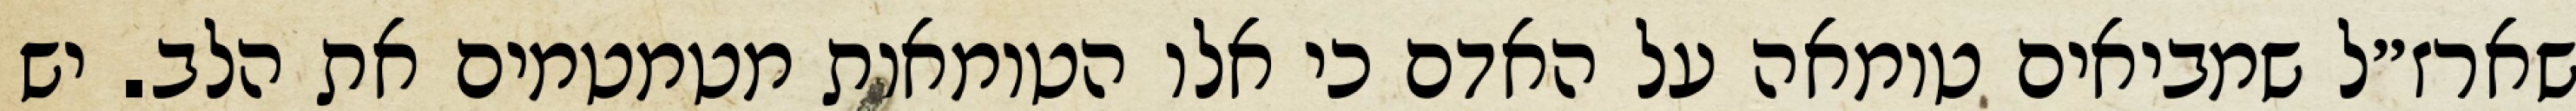
שארז״ל שמביאים טומאה על האדם כי אלו הטומאות מטמטמים את הלב. יש